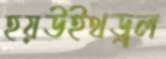
হয়উইথড্রল